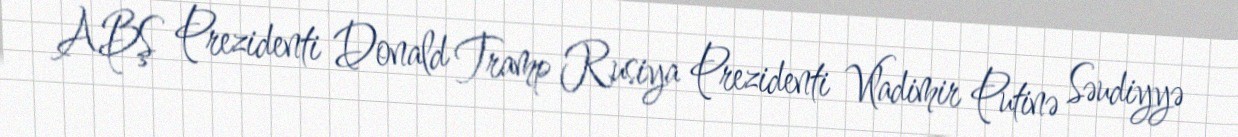
ABŞ Prezidenti Donald Tramp Rusiya Prezidenti Vladimir Putinə Səudiyyə